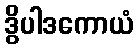
ဒွိပါဒကောယံ